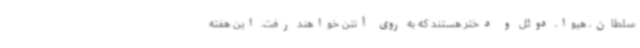
سلطان، هیوا، دوئل و دختر هستند که به روی آنتن خواهند رفت. این هفته